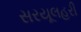
સરયૂલહરી